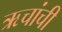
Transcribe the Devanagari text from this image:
ऋचांची